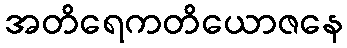
အတိရေကတိယောဇနေ